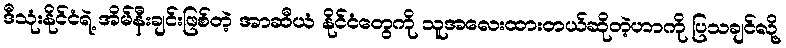
ဒီသုံးနိုင်ငံရဲ့ အိမ်နီးချင်းဖြစ်တဲ့ အာဆီယံ နိုင်ငံတွေကို သူအလေးထားတယ်ဆိုတဲ့ဟာကို ပြသချင်လို့